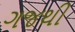
ગજથી